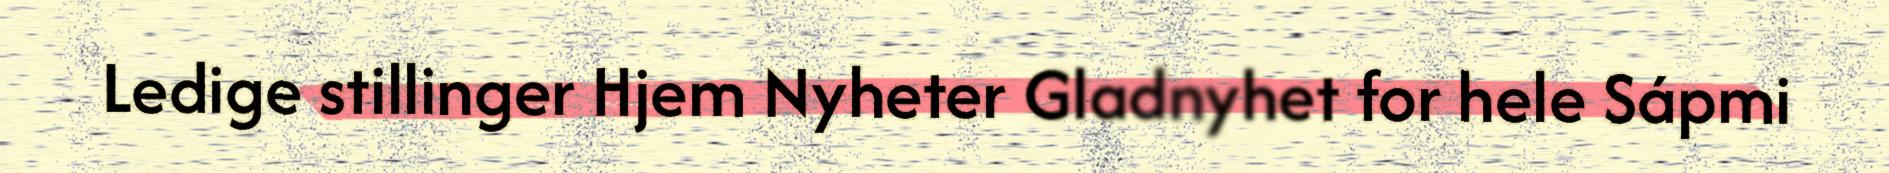
Ledige stillinger Hjem Nyheter Gladnyhet for hele Sápmi